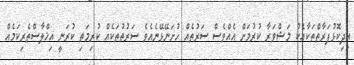
އިދިކޮޅުފަރާތްތަކާއެކު މަޝްވަރާ ކުރުމަށް އެއްވެސް ސަރުތެއް ހުށަނޭޅޭނެއެވެ ސަރުތުތަކެއް ކުރިމަތި ކުރަނީ އިޚްލާސްތެރިކަމެއް